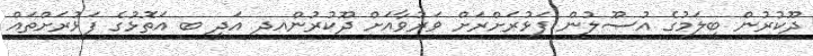
ދޫކުރުން ބީލަމުގެ އުޞޫލުން ފަޅުރަށްރަށް ވަރުވާއަށް ދޫކުރުންއދ އަދި ބ އަތޮޅުގެ ފަޅުރަށްތައް